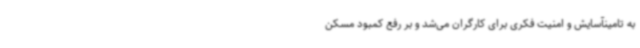
به تامینآسایش و امنیت فکری برای کارگران می‌شد و بر رفع کمبود مسکن